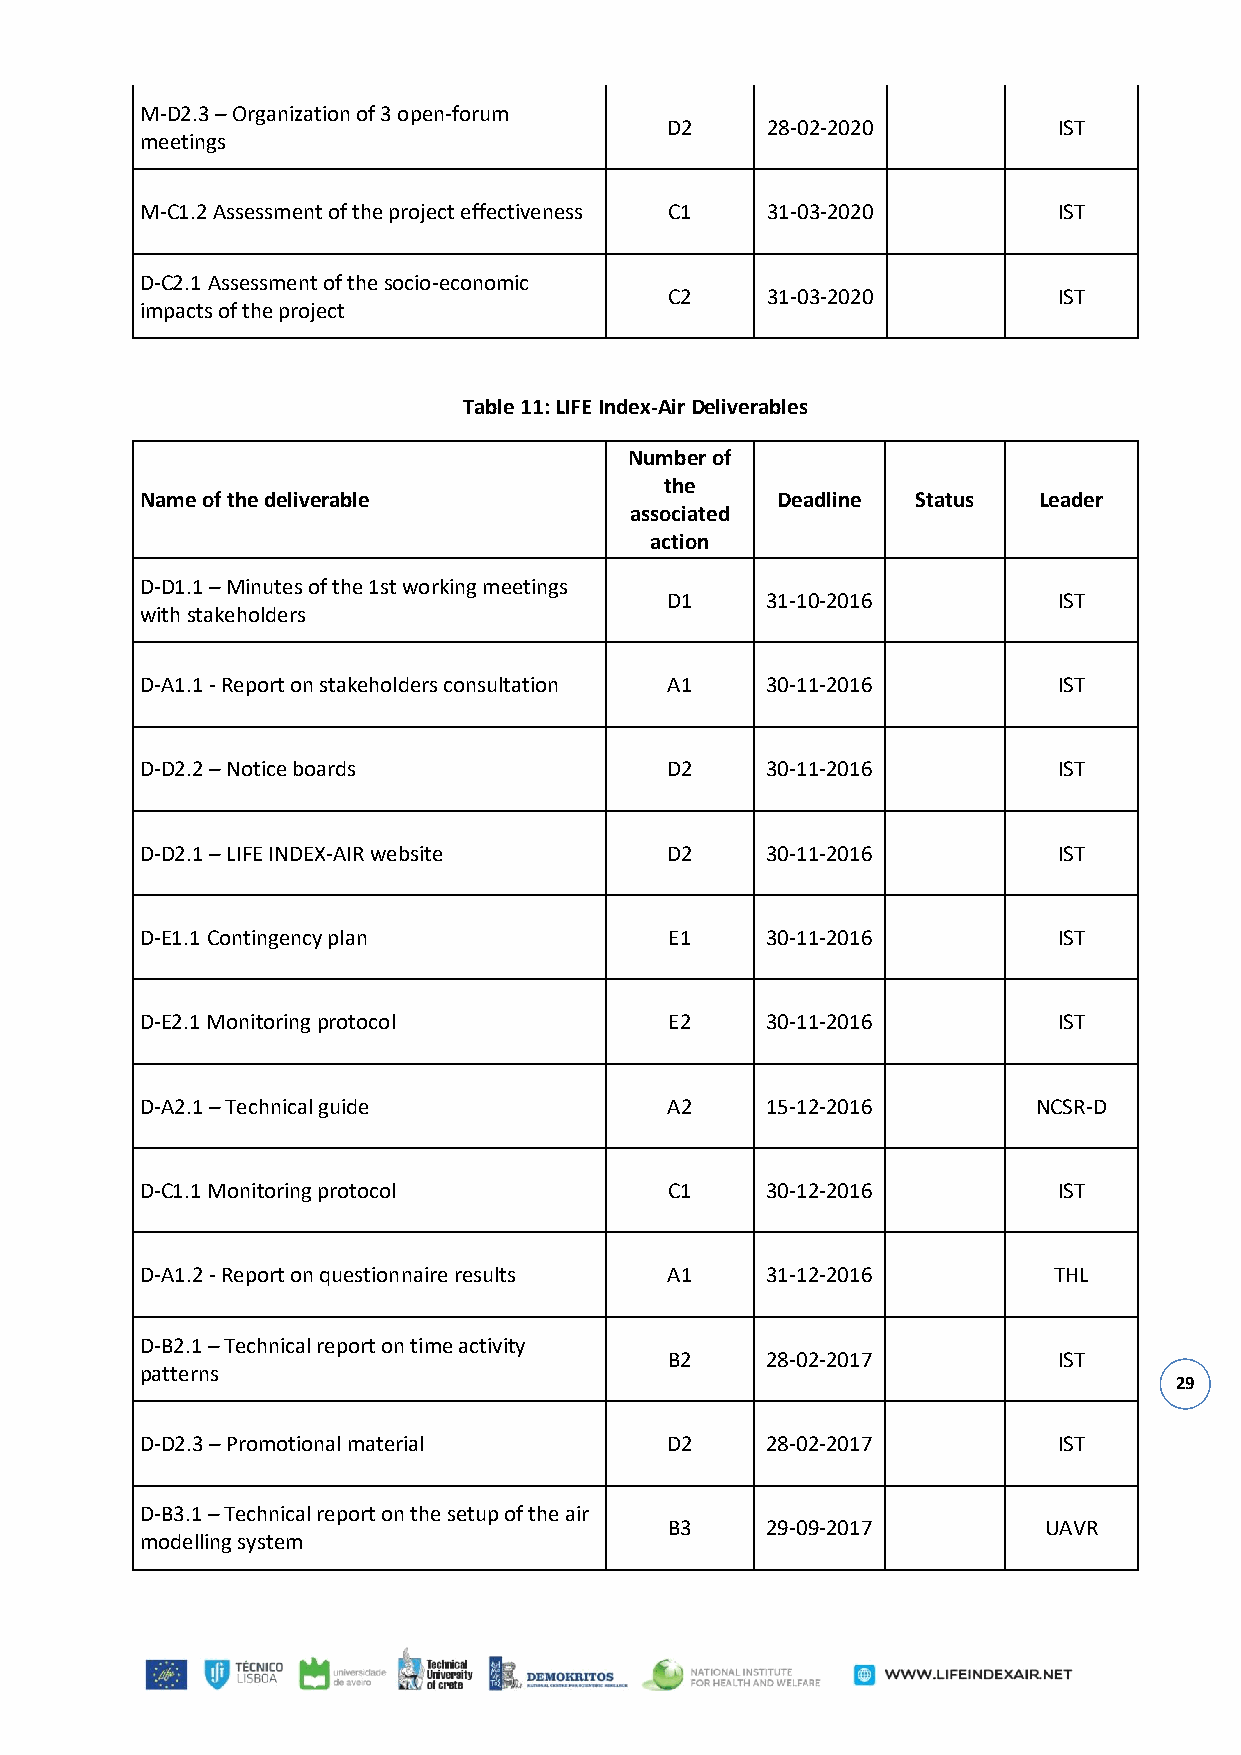
M-D2.3 – Organization of 3 open-forum
 D2     28-02-2020         IST
 meetings
 M-C1.2 Assessment of the project effectiveness C1 31-03-2020 IST
 D-C2.1 Assessment of the socio-economic
 C2     31-03-2020         IST
 impacts of the project
 Table 11: LIFE Index-Air Deliverables
 Number of
 the
 Name of the deliverable                   Deadline  Status  Leader
 associated
 action
 D-D1.1 – Minutes of the 1st working meetings
 D1     31-10-2016         IST
 with stakeholders
 D-A1.1 - Report on stakeholders consultation A1 30-11-2016   IST
 D-D2.2 – Notice boards             D2     30-11-2016         IST
 D-D2.1 – LIFE INDEX-AIR website    D2     30-11-2016         IST
 D-E1.1 Contingency plan            E1     30-11-2016         IST
 D-E2.1 Monitoring protocol         E2     30-11-2016         IST
 D-A2.1 – Technical guide           A2     15-12-2016        NCSR-D
 D-C1.1 Monitoring protocol         C1     30-12-2016         IST
 D-A1.2 - Report on questionnaire results A1 31-12-2016       THL
 D-B2.1 – Technical report on time activity
 B2     28-02-2017         IST
 patterns
 29
 D-D2.3 – Promotional material      D2     28-02-2017         IST
 D-B3.1 – Technical report on the setup of the air
 B3     29-09-2017        UAVR
 modelling system